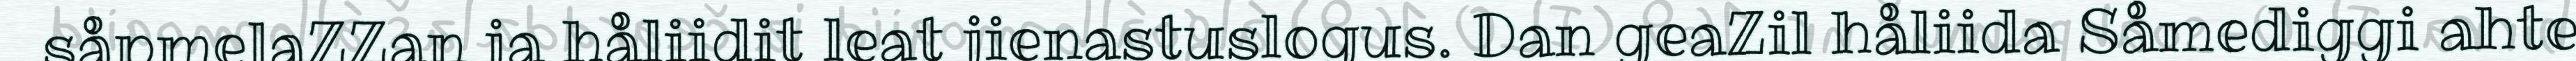
såpmelaZZan ja håliidit leat jienastuslogus. Dan geaZil håliida Såmediggi ahte